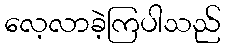
လေ့လာခဲ့ကြပါသည်